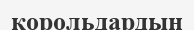
корольдардың